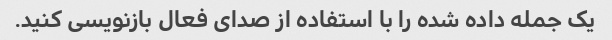
یک جمله داده شده را با استفاده از صدای فعال بازنویسی کنید.